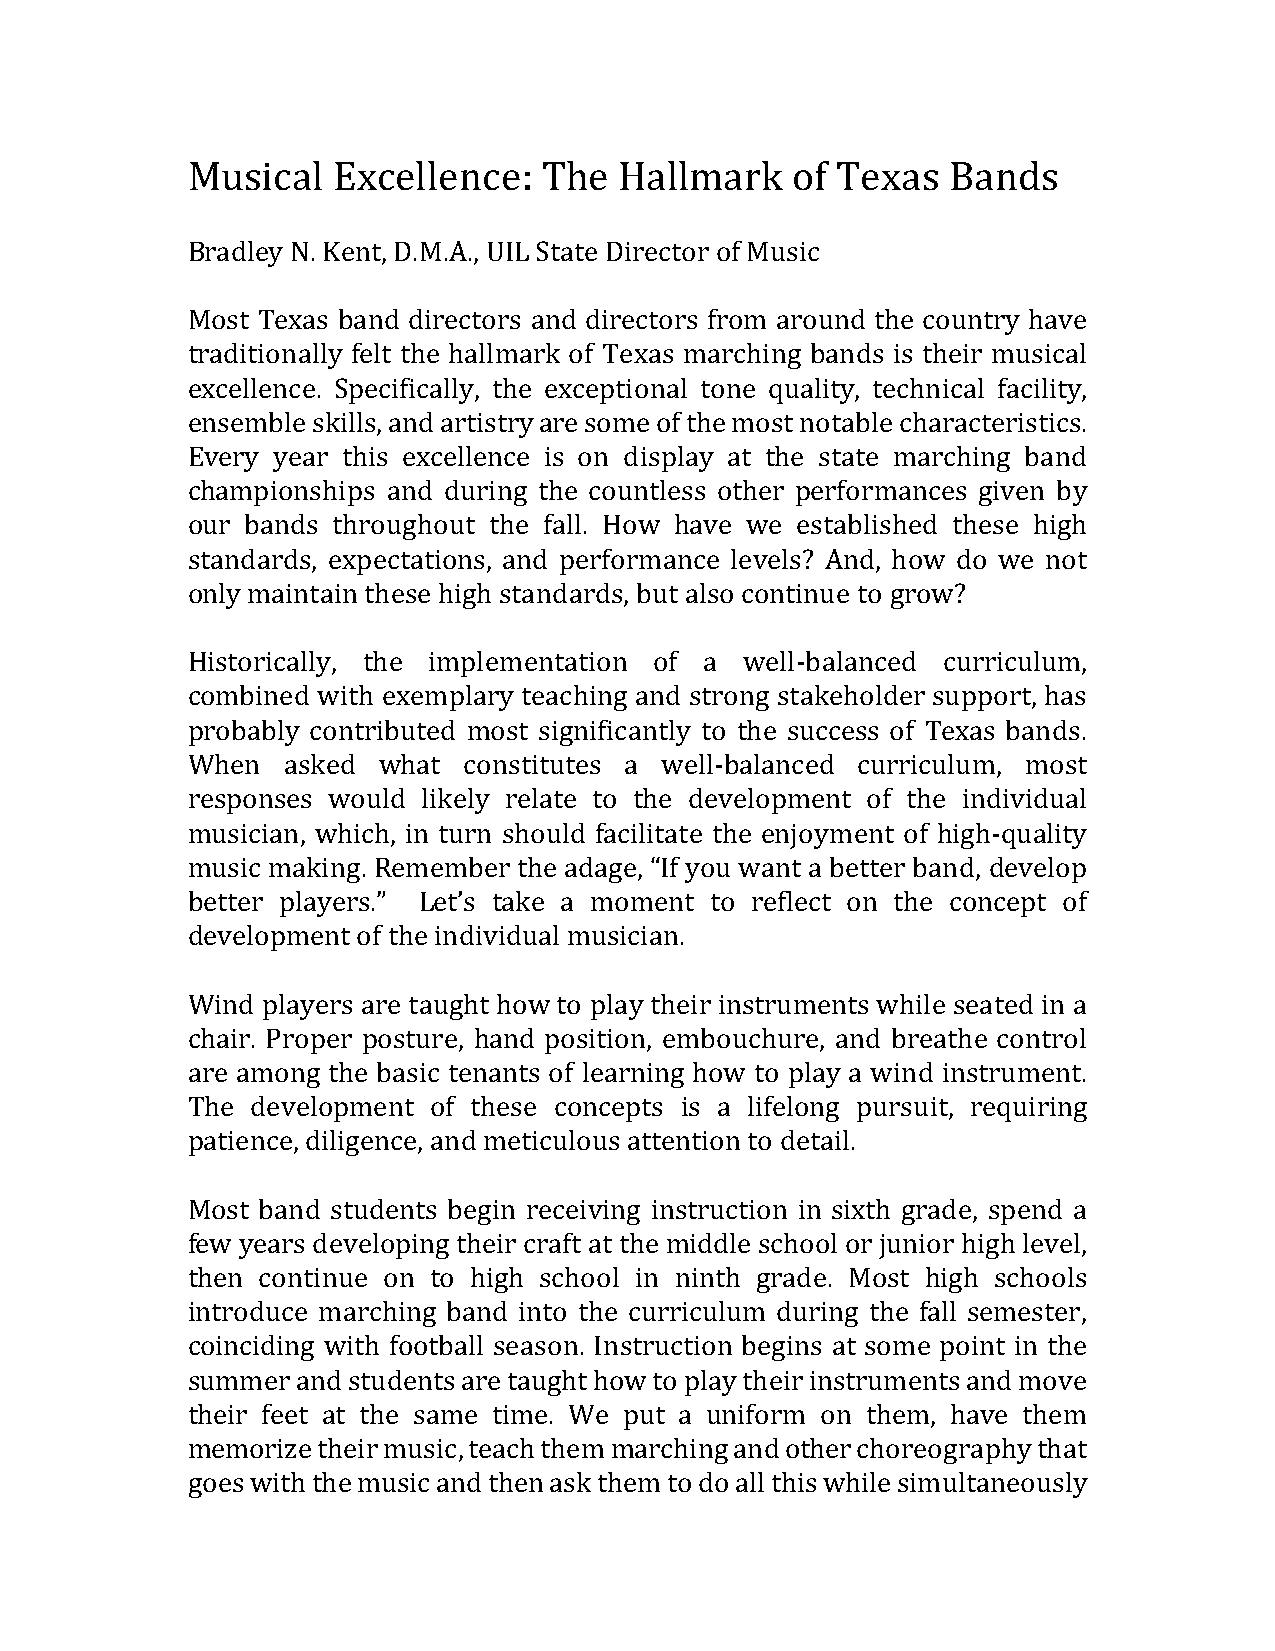
Musical   Excellence:   The  Hallmark   of Texas   Bands
 Bradley N. Kent, D.M.A., UIL State Director of Music
 Most Texas band directors and directors from around the country have
 traditionally felt the hallmark of Texas marching bands is their musical
 excellence. Specifically, the exceptional tone quality, technical facility,
 ensemble skills, and artistry are some of the most notable characteristics.
 Every year this excellence is on display at the state marching band
 championships and during the countless other performances given by
 our bands throughout the fall. How have we established these high
 standards, expectations, and performance levels? And, how do we not
 only maintain these high standards, but also continue to grow?
 Historically, the implementation of a well-balanced curriculum,
 combined with exemplary teaching and strong stakeholder support, has
 probably contributed most significantly to the success of Texas bands.
 When   asked what  constitutes a well-balanced curriculum, most
 responses would likely relate to the development of the individual
 musician, which, in turn should facilitate the enjoyment of high-quality
 music making. Remember the adage, “If you want a better band, develop
 better players.” Let’s take a moment to reflect on the concept of
 development of the individual musician.
 Wind players are taught how to play their instruments while seated in a
 chair. Proper posture, hand position, embouchure, and breathe control
 are among the basic tenants of learning how to play a wind instrument.
 The  development of these concepts is a lifelong pursuit, requiring
 patience, diligence, and meticulous attention to detail.
 Most band students begin receiving instruction in sixth grade, spend a
 few years developing their craft at the middle school or junior high level,
 then continue on to high school in ninth grade. Most high schools
 introduce marching band into the curriculum during the fall semester,
 coinciding with football season. Instruction begins at some point in the
 summer  and students are taught how to play their instruments and move
 their feet at the same time. We put a uniform on them, have them
 memorize their music, teach them marching and other choreography that
 goes with the music and then ask them to do all this while simultaneously